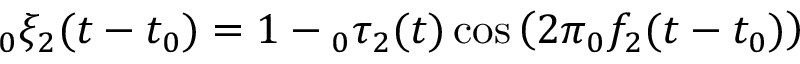
\phantom { } _ { 0 } \xi _ { 2 } ( t - t _ { 0 } ) = 1 - \phantom { } _ { 0 } \tau _ { 2 } ( t ) \cos \left( 2 \pi \phantom { } _ { 0 } f _ { 2 } ( t - t _ { 0 } ) \right)